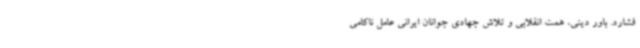
فشارد. باور دینی، همت انقلابی و تلاش جهادی جوانان ایرانی عامل ناکامی